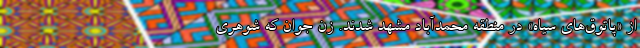
از «پاتوق‌های سیاه» در منطقه محمدآباد مشهد شدند. زن جوان که شوهری